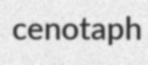
cenotaph